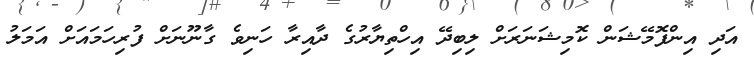
އަދި އިންފޮމޭޝަން ކޮމިޝަނަރަށް ލިބިދޭ އިހްތިޔާރުގެ ދާއިރާ ހަނިވެ ގާނޫނަށް ފުރިހަމައަށް އަމަލު